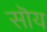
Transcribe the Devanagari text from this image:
सॊय